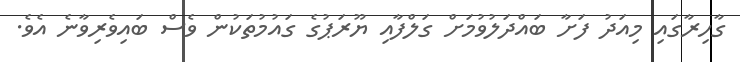
ގާހިރާގައި މިއަދު ފަށާ ބައްދަލުވުމަށް ގަލްފާއި ޔޫރަޕުގެ ގައުމުތަކުން ވެސް ބައިވެރިވާނެ އެވެ.